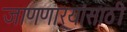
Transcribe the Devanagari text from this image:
जाणणार्‍यांसाठी